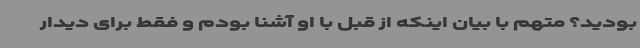
بودید؟ متهم با بیان اینکه از قبل با او آشنا بودم و فقط برای دیدار